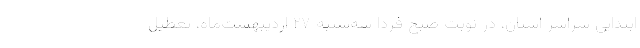
ابتدایی سراسر استان، در نوبت صبح فردا سه‌شنبه ۲۷ اردیبهشت‌ماه، تعطیل